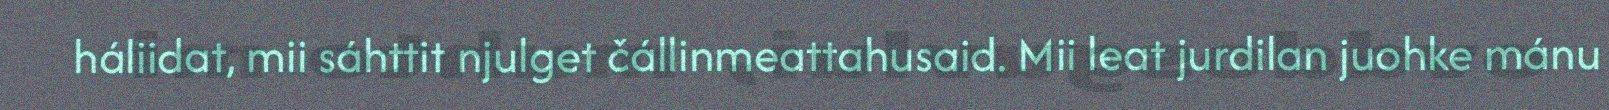
háliidat, mii sáhttit njulget čállinmeattahusaid. Mii leat jurdilan juohke mánu